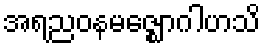
အရညဝနမဇ္ဈောဂါဟသိ